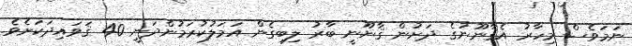
ނަމަވެސް މިހާރު އެޤާނޫނުގެ ދަށުން ޤާނޫނީ ބާރު ލިބިގެން އަމަލުކުރަމުންދަނީ 40 ޤަވައިދަކަށެވެ.